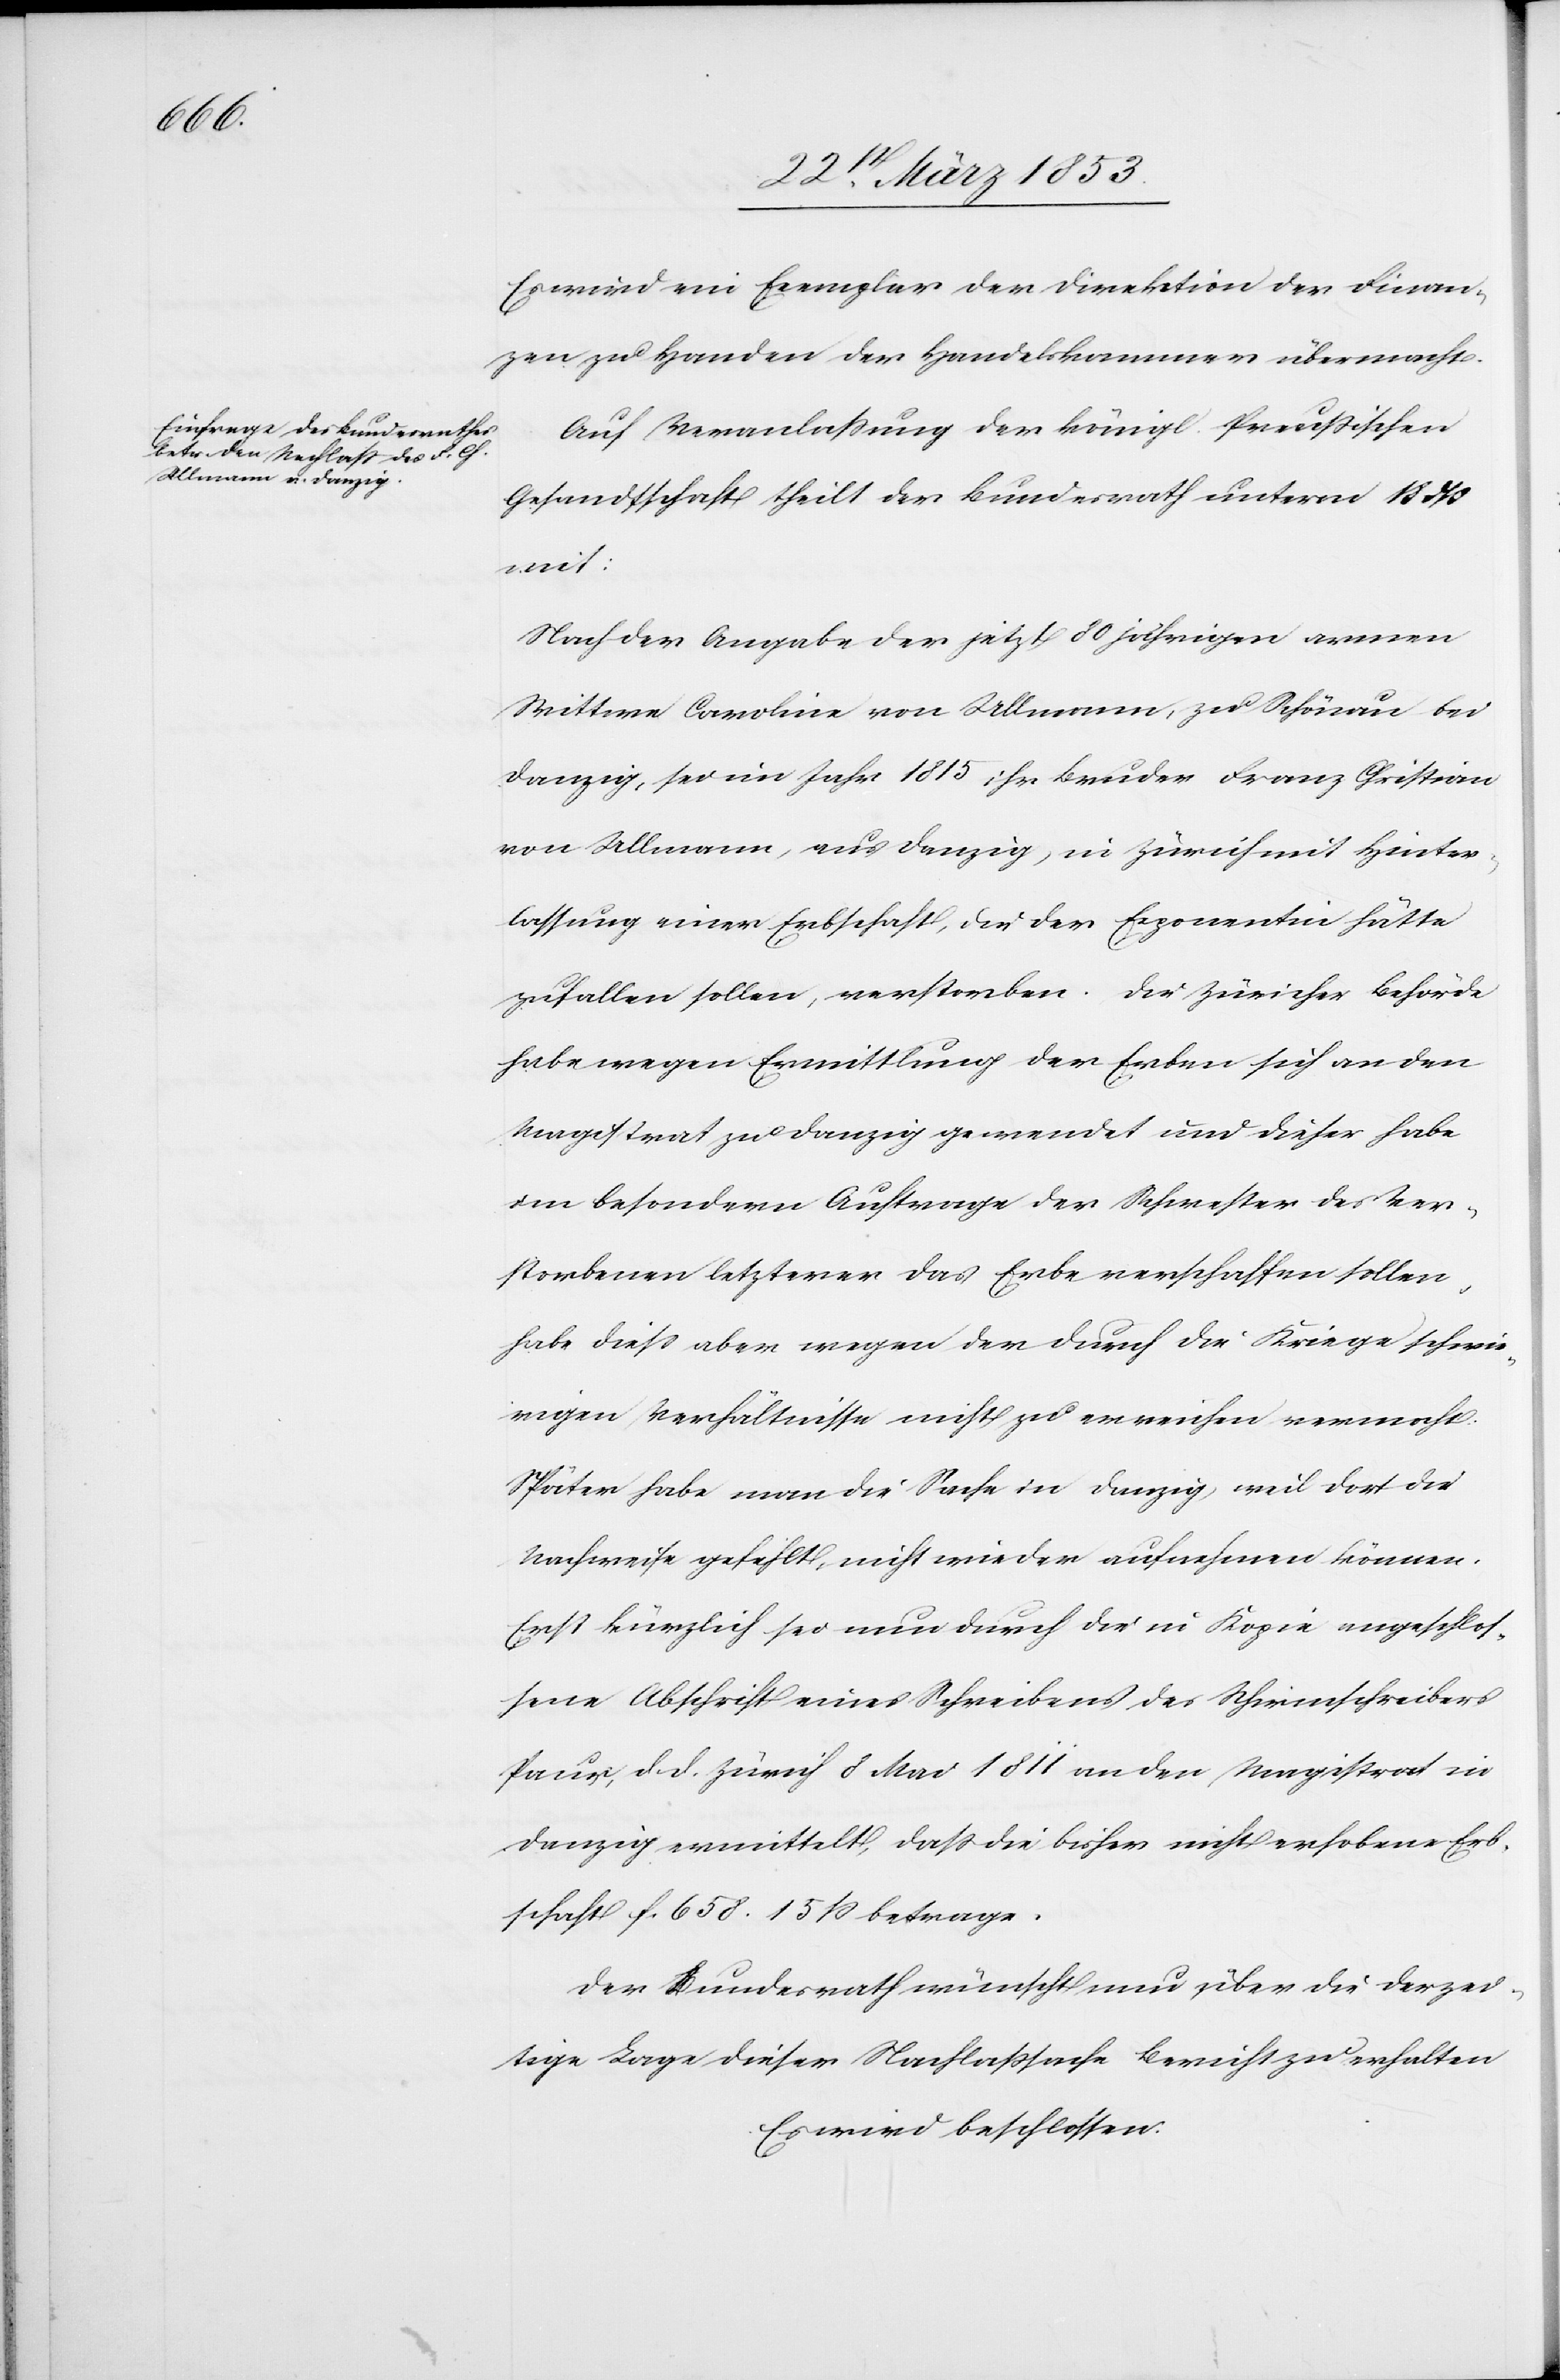
1811

Es wird ein Exemplar der Direktion der Finan¬
zen zu Handen der Handelskammer übermacht.
Auf Veranlaßung der königl. Preußischen
Gesandtschaft theilt der Bundesrath unterm 18 dß
trat
Nach der Angabe der jetzt 80 jährigen armen
Wittwe Carolin von Ullmann, zu Schönau bei
Danzig, sei im Jahre 1815 ihr Bruder Franz Christian
von Ullmann, aus Danzig, in Zürich mit Hinter¬
lassung einer Erbschaft, die der Exponentin hätte
zu fallen sollen, verstorben. Die Zürcherische Behörde
habe wegen Ermittlung der Erben sich an den
Magistrat zu Danzig gewendet und dieser habe
im besondern Auftrage der Schwester des Ver¬
storbenen letzterer das Erbe verschaffen sollen,
habe dieß aber wegen der durch die Kriege schwie¬
rigen Verhältnisse nicht zu erreichen vermocht.
Später habe man die Suche in Danzig, weil dort die
Nachweise gefehlt, nicht wieder aufnehmen können.
Erst kürzlich sei nun durch die in Kopie angeschlos¬
sene Abschrift eines Schreibens des Schirmschreibers
Danzig ermittelt, daß die bisher nicht erhobene Erb¬
schaft f. 658. 15 ß betrage.
Der Bundesrath wünscht nun über die derzei¬
tige Lage dieser Nachlaßsache Bericht zu erhalten
Es wird beschlossen: